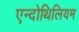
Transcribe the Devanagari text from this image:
एन्दोथिलियम